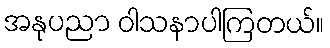
အနုပညာ ဝါသနာပါကြတယ်။